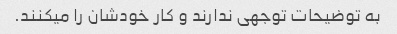
به توضیحات توجهی ندارند و کار خودشان را میکنند.